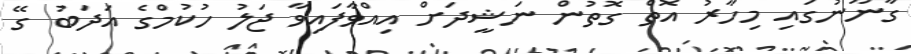
ގާނޫނުގައި މިހާރު އޮތް ގޮތުން ނަޝީދަށް އިއްވާފައިވާ ޖަލު ހުކުމްގެ އަދަބު ގޭ